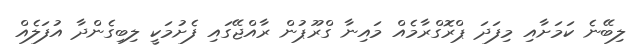
ލިބޭނެ ކަމަށާއި މިފަދަ ޕްރޮގްރާމެއް މައިނާ ގްރޫޕުން ރާއްޖޭގައި ފެށުމަކީ ލިބިގެންދާ އުފަލެއް